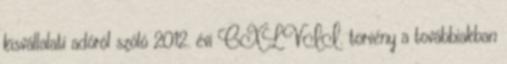
kisvállalati adóról szóló 2012. évi CXLVII. törvény a továbbiakban